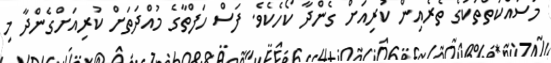
މަސައްކަތްތަކުގެ ތެރެއިން ކުރިއަށް ގެންދާ ކޯހެކެވެ. ފަސް ހަފްތާގެ މުއްދަތަށް ކުރިއަށްގެންދާ މި